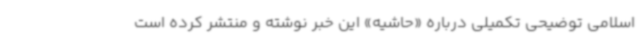
اسلامی توضیحی تکمیلی درباره «حاشیه»‌ این خبر نوشته و منتشر کرده است